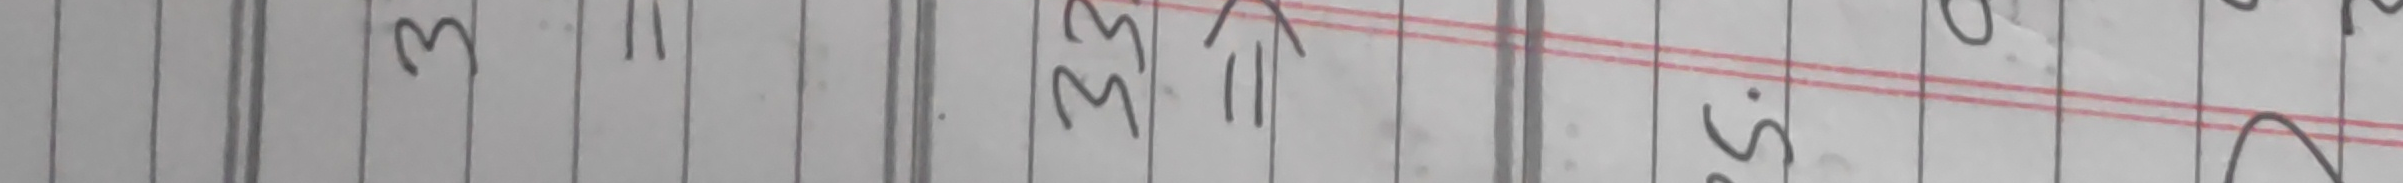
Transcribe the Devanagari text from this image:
३ ३३ ५०२